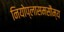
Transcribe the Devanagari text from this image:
नियोप्लासमसौम्य